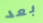
بعد